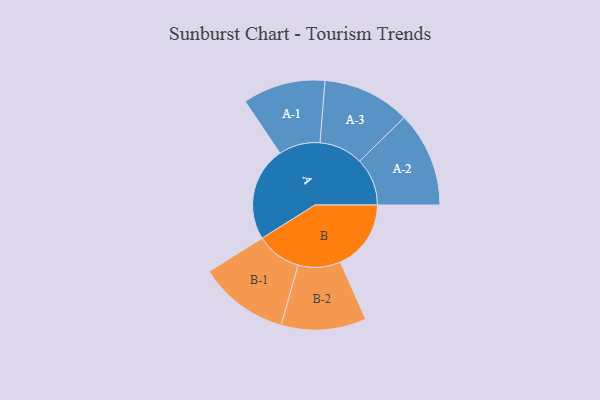
{"axis": {"x": "Segment", "y": "Value"}, "legend": ["", "A", "B"], "data": [{"x": "A", "y": 491, "type": ""}, {"x": "B", "y": 368, "type": ""}, {"x": "A-1", "y": 215, "type": "A"}, {"x": "A-2", "y": 248, "type": "A"}, {"x": "A-3", "y": 228, "type": "A"}, {"x": "B-1", "y": 235, "type": "B"}, {"x": "B-2", "y": 221, "type": "B"}]}